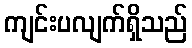
ကျင်းပလျက်ရှိသည်